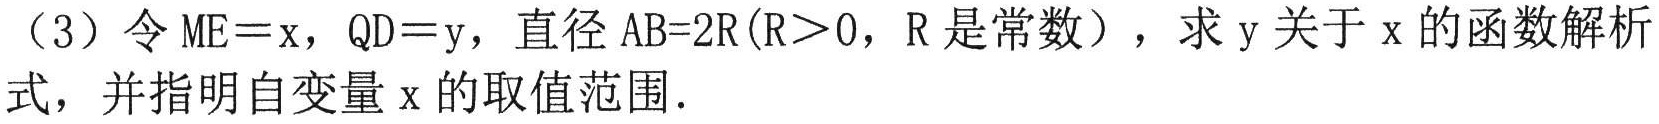
（3）令 \(ME = x\)，\(QD = y\)，直径 \(AB = 2R(R>0，R\) 是常数），求 \(y\) 关于 \(x\) 的函数解析式，并指明自变量 \(x\) 的取值范围．